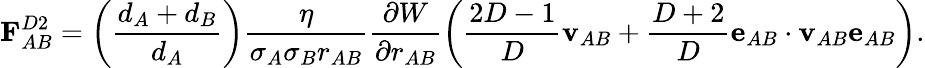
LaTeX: \mathbf{F}_{AB}^{D2}=\left(\frac{d_{A}+d_{B}}{d_{A}}\right)\frac{\eta}{\sigma_{A}\sigma_{B}r_{AB}}\frac{\partial{W}}{\partial{r_{AB}}}\left(\frac{2D-1}{D}\mathbf{v}_{AB}+\frac{D+2}{D}\mathbf{e}_{AB}\cdot\mathbf{v}_{AB}\mathbf{e}_{AB}\right).